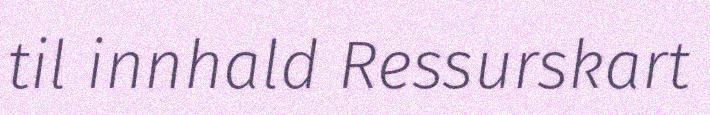
til innhald Ressurskart